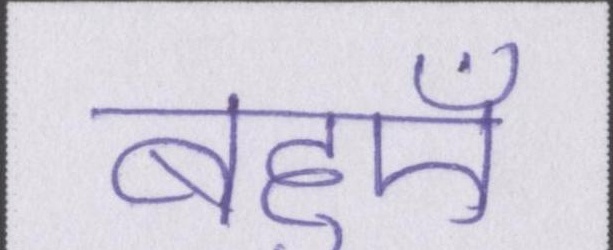
बहुएँ